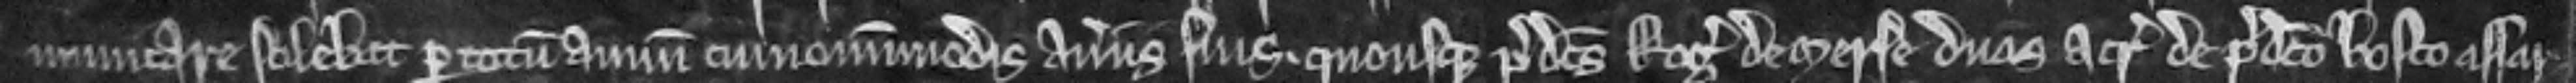
municare solebat per totum annum cum omnimodis averiis suis. quousque predictus Rogerus de Merse duas acras de predicto bosco assar